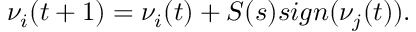
\nu _ { i } ( t + 1 ) = \nu _ { i } ( t ) + S ( s ) s i g n ( \nu _ { j } ( t ) ) .